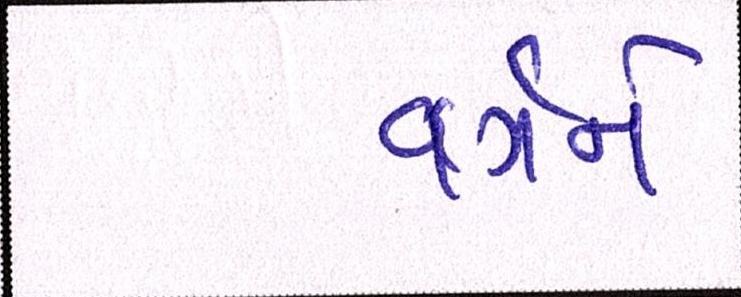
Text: વર્ગને